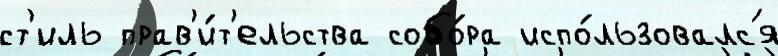
ст'иль прав'и́т'ельства собо́ра испо́льзовалс'я